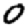
Digit: 0